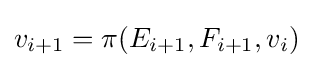
v_{i+1}=\pi (E_{i+1},F_{i+1},v_{i})